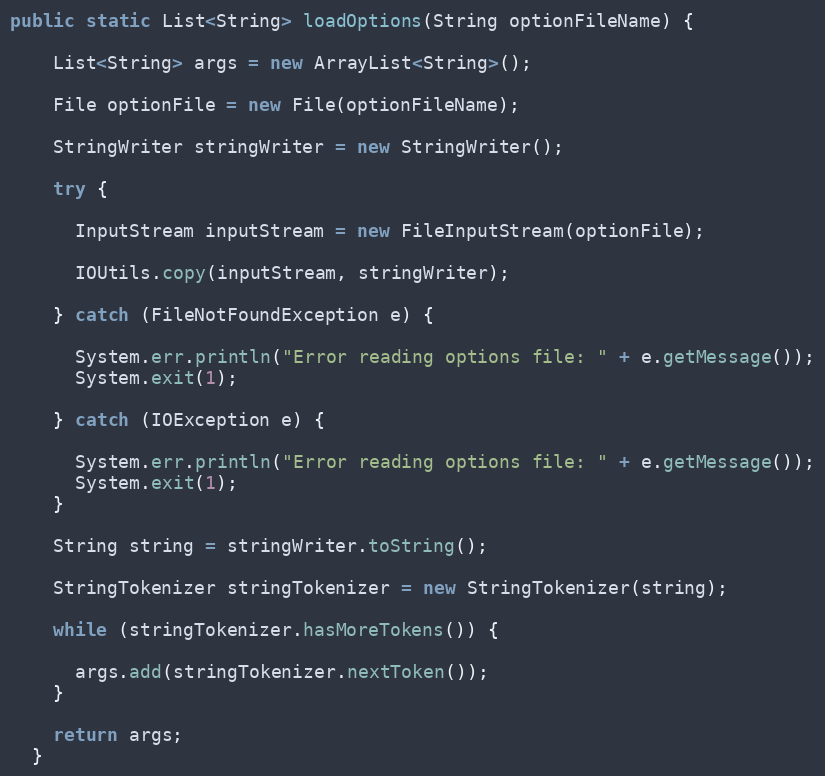
Language: Java
public static List<String> loadOptions(String optionFileName) {

    List<String> args = new ArrayList<String>();

    File optionFile = new File(optionFileName);

    StringWriter stringWriter = new StringWriter();

    try {

      InputStream inputStream = new FileInputStream(optionFile);

      IOUtils.copy(inputStream, stringWriter);

    } catch (FileNotFoundException e) {

      System.err.println("Error reading options file: " + e.getMessage());
      System.exit(1);

    } catch (IOException e) {

      System.err.println("Error reading options file: " + e.getMessage());
      System.exit(1);
    }

    String string = stringWriter.toString();

    StringTokenizer stringTokenizer = new StringTokenizer(string);

    while (stringTokenizer.hasMoreTokens()) {

      args.add(stringTokenizer.nextToken());
    }

    return args;
  }